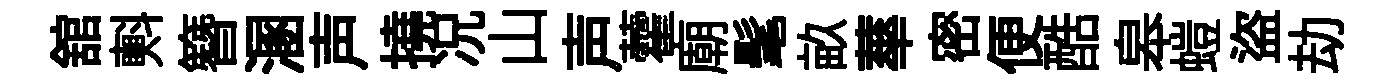
舘㪺簪溷声撓况山声藿廟髦畝蕐密便酷皋螘盜劫